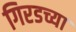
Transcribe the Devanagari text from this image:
गिरडच्या